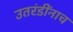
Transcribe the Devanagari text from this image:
उतरंडींनाच